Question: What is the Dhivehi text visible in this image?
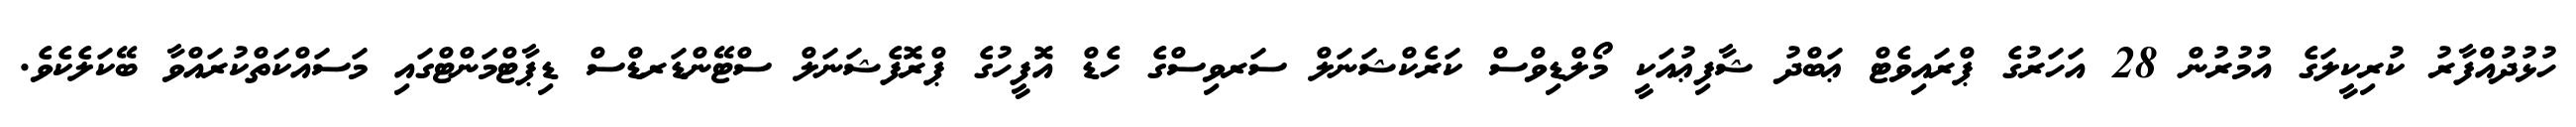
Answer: ހުޅުދުއްފާރު ކުރިކީލަގެ އުމުރުން 28 އަހަރުގެ ޕްރައިވެޓް ޢަބްދު ޝާފިޢުއަކީ މޯލްޑިވްސް ކަރެކްޝަނަލް ސަރވިސްގެ ހެޑް އޮފީހުގެ ޕްރޮފެޝަނަލް ސްޓޭންޑަރޑްސް ޑިޕާޓްމަންޓްގައި މަސައްކަތްކުރައްވާ ބޭކަލެކެވެ.